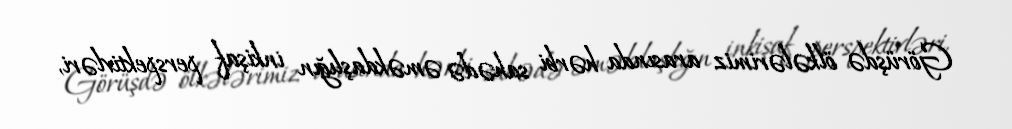
Görüşdə ölkələrimiz arasında hərbi sahədə əməkdaşlığın inkişaf perspektivləri,